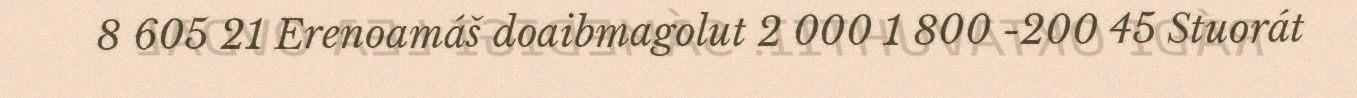
8 605 21 Erenoamáš doaibmagolut 2 000 1 800 -200 45 Stuorát